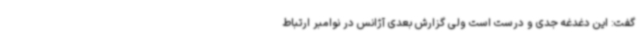
گفت: این دغدغه جدی و درست است ولی گزارش بعدی آژانس در نوامبر ارتباط